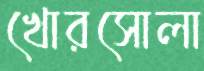
খোরসোলা